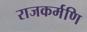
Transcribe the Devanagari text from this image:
राजकर्मणि